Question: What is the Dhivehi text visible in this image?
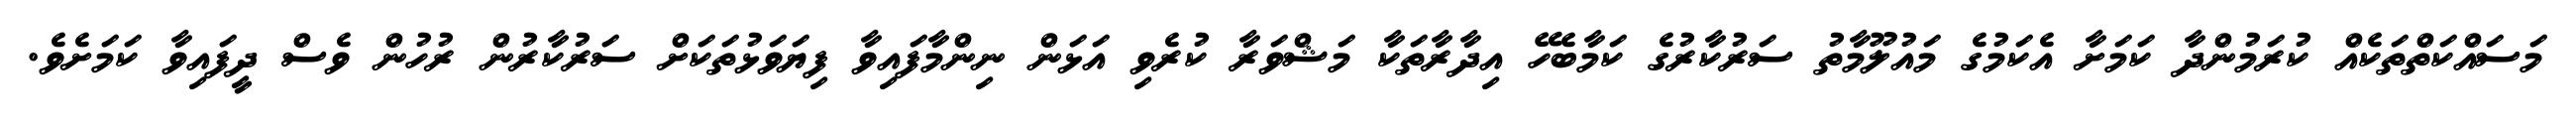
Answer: މަސައްކަތްތަކެއް ކުރަމުންދާ ކަމަށާ އެކަމުގެ މައުލޫމާތު ސަރުކާރުގެ ކަމާބެހޭ އިދާރާތަކާ މަޝްވަރާ ކުރެވި އަޅަން ނިންމާފައިވާ ފިޔަވަޅުތަކަށް ސަރުކާރުން ރުހުން ވެސް ދީފައިވާ ކަމަށެވެ.